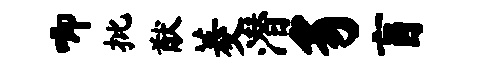
唧批猷菱潜豸盲